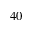
4 0